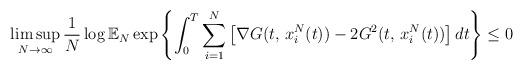
LaTeX: \begin{align*}\limsup_{N\rightarrow\infty}\frac{1}{N}\log\mathbb{E}_{N}\exp\left\{ \int_{0}^{T}\sum_{i=1}^{N}\left[\nabla G(t,\,x_{i}^{N}(t))-2G^{2}(t,\,x_{i}^{N}(t))\right]dt\right\} \le0\end{align*}